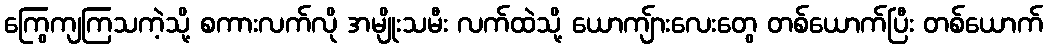
ကြွေကျကြသကဲ့သို့ စကားလက်လို အမျိုးသမီး လက်ထဲသို့ ယောကျ်ားလေးတွေ တစ်ယောက်ပြီး တစ်ယောက်